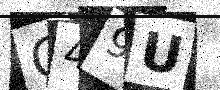
Text: C49U